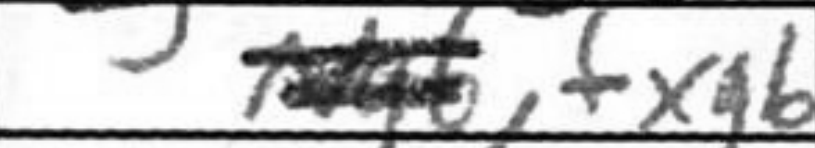
Transcription: fxg6